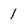
Character: 1